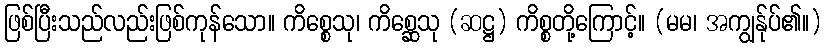
ဖြစ်ပြီးသည်လည်းဖြစ်ကုန်သော။ ကိစ္စေသု၊ ကိစ္ဆေသု (ဆဋ္ဌ) ကိစ္စတို့ကြောင့်။ (မမ၊ အကျွန်ုပ်၏။)